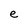
Character: e